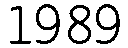
1989